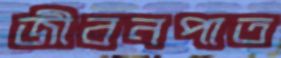
জীবনপাত